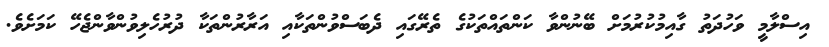
އިސްލާމީ ވަހުދަތު ގާއިމުކުރުމަށް ބޭނުންވާ ކަންތައްތަކުގެ ތެރޭގައި ދެބަސްވުންތަކާއި އަރާރުންތަކާ ދުރުހެލިވުންވާންޖެހޭ ކަމަށެވެ.